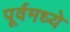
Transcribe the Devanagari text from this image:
पूर्वमध्ये